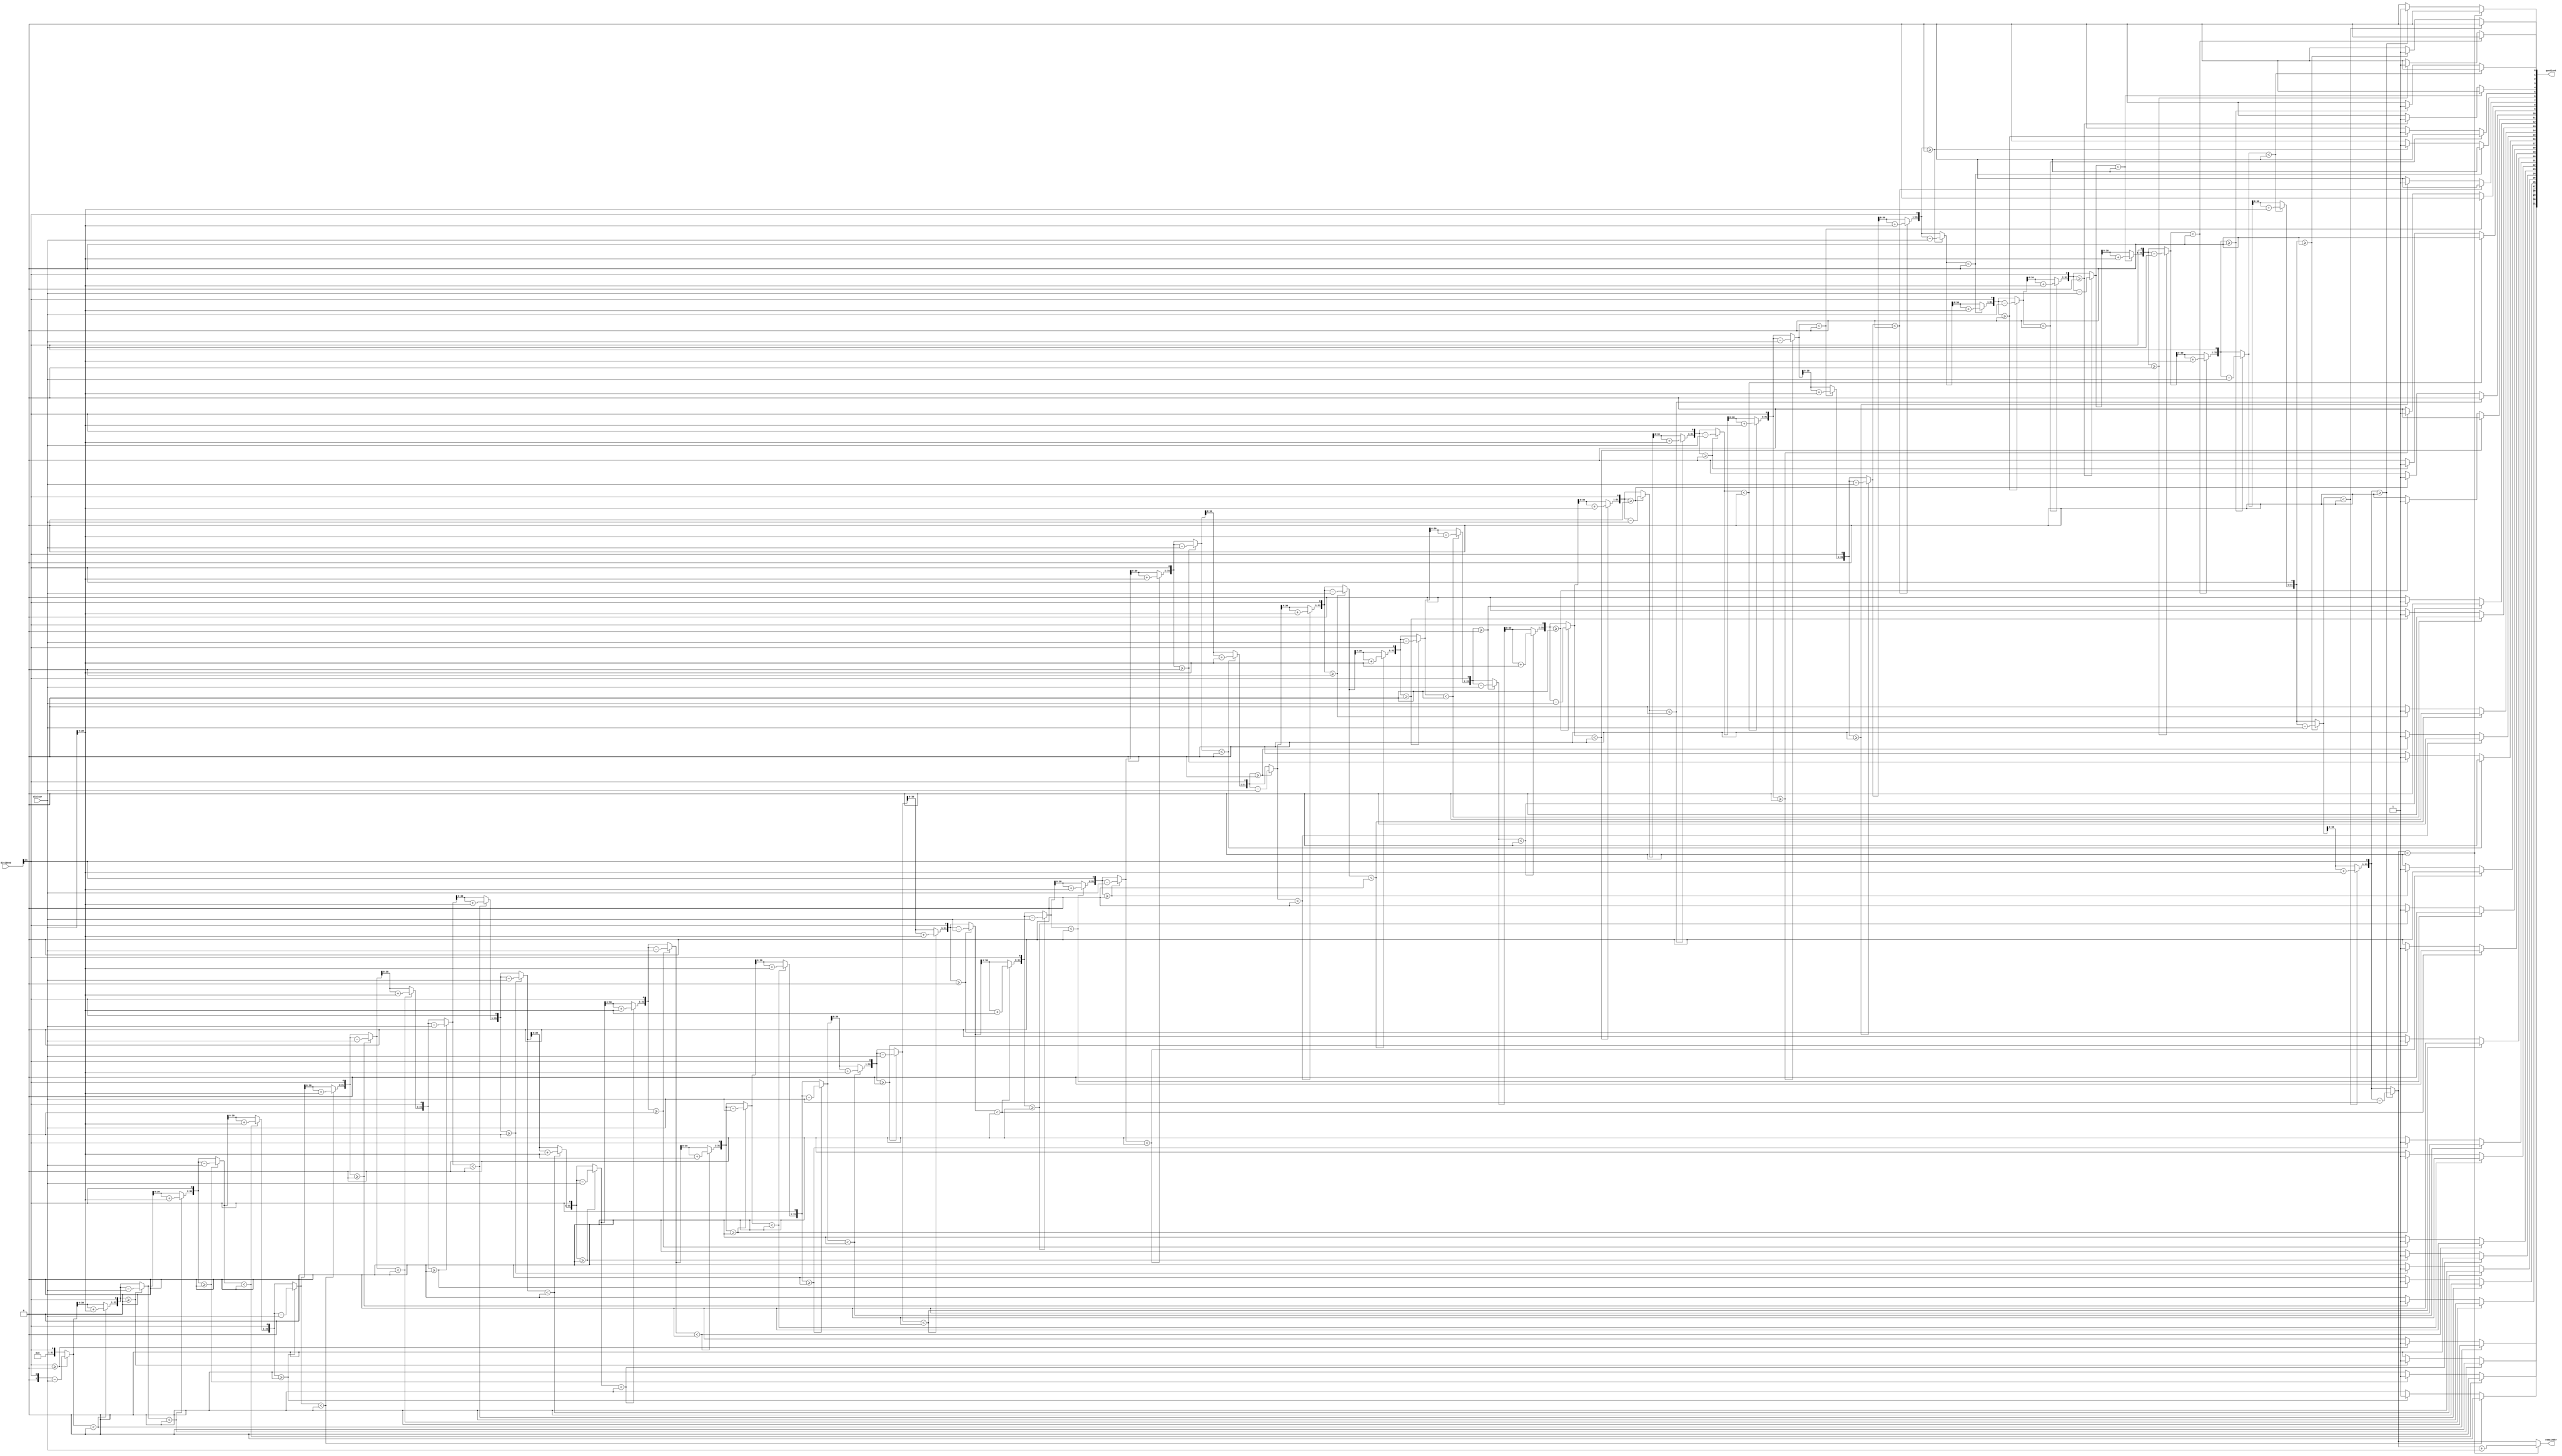
module Restoring_Divider (
    input wire signed [31:0] dividend,
    input wire signed [31:0] divisor,
    output reg signed [31:0] quotient,
    output reg signed [31:0] remainder
);

reg signed [31:0] A;
reg signed [31:0] Q;
reg signed [31:0] M;

always @ (*) begin
    A = 32'b0;
    Q = 32'b0;
    M = divisor;

    repeat (32) begin
        Q = Q << 1;
        A = A << 1;
        A[0] = dividend[31];
        if (A >= 0) begin
            A = A - M;
            Q[0] = 1;
        end else begin
            Q[0] = 0;
        end
        if (A < 0) begin
            A = A + M;
            Q[0] = 0;
        end
    end
end

assign quotient = Q;
assign remainder = A;

endmodule